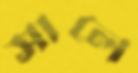
সালে